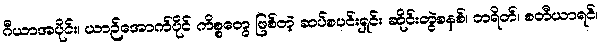
ဂီယာအပိုင်း၊ ယာဉ်အောက်ပိုင် ကိစ္စတွေ ဖြစ်တဲ့ ဆပ်စပင်းရှင်း ဆိုင်းတွဲစနစ်၊ ဘရိတ်၊ စတီယာရင်၊